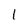
Character: l